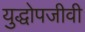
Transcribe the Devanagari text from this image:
युद्धोपजीवी